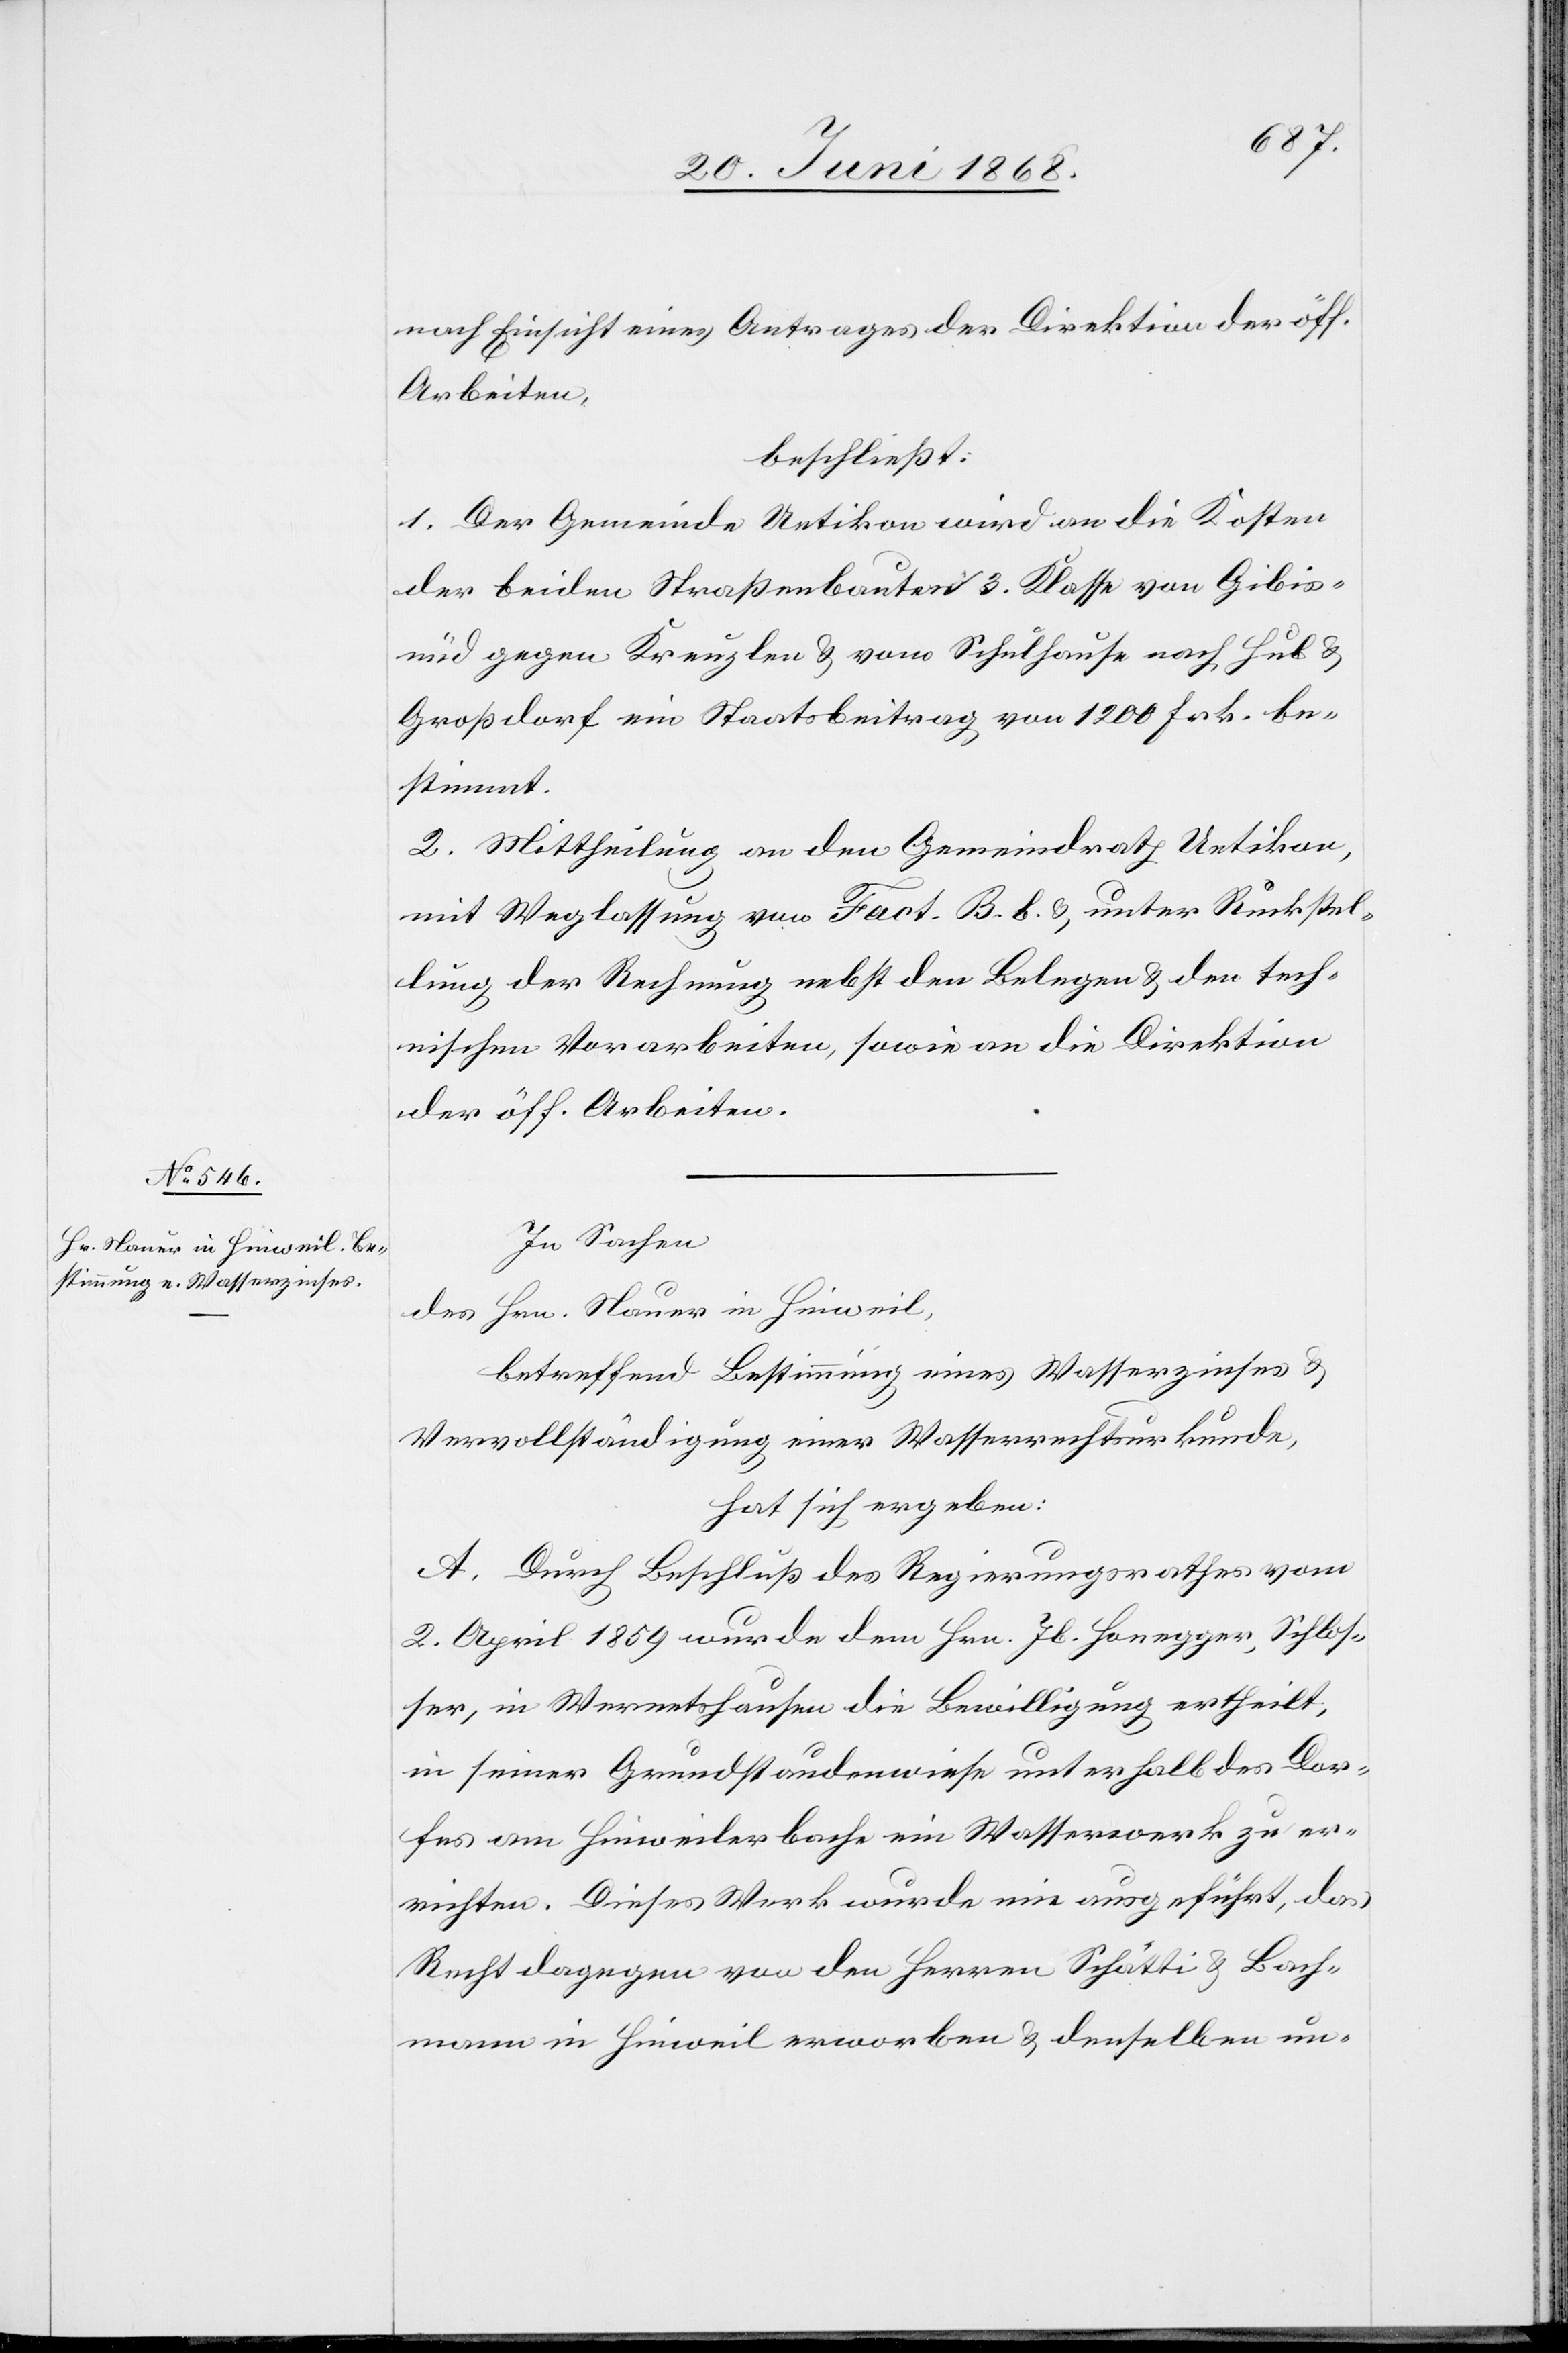
nach Einsicht eines Antrages der Direktion der öff.
Arbeiten,
beschließt:
1. Der Gemeinde Uetikon wird an die Kosten
der beiden Straßenbauten 3. Klasse von Gibis¬
nüd gegen Kreuzlen & vom Schulhause nach Hub &
Großdorf ein Staatsbeitrag von 1200 Frk. be¬
stimmt.
2. Mittheilung an den Gemeindrath Uetikon,
mit Weglassung von Fact. B. b. & unter Rückstel¬
lung der Rechnung nebst den Belegen & den tech¬
nischen Vorarbeiten, sowie an die Direktion
der öff. Arbeiten.
In Sachen
des Hrn. Nauer in Hinweil,
betreffend Bestimmung eines Wasserzinses &
Vervollständigung einer Wasserrechtsurkunde,
hat sich ergeben:
A. Durch Beschluß des Regierungsrathes vom
2. April 1859 wurde dem Hrn. Jb. Honegger, Schlos¬
ser, in Wernetshausen die Bewilligung ertheilt,
in seiner Grundstaudenwiese unterhalb des Dor¬
fes am Hinweilerbache ein Wasserwerk zu er¬
richten. Dieses Werk wurde nie ausgeführt, das
Recht dagegen von den Herren Schätti & Bach¬
mann in Hinweil erworben & denselben un-